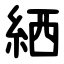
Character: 絤